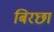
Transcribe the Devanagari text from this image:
बिरछा